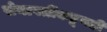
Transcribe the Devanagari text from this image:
सेनापतींकडूनही